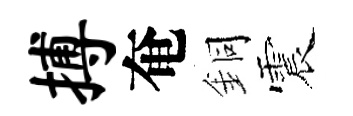
搏奄銅震